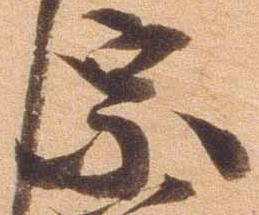
宗